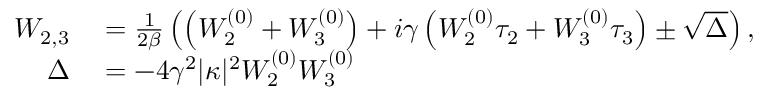
\begin{array} { r l } { W _ { 2 , 3 } } & { { } = \frac { 1 } { 2 \beta } \left( \left( W _ { 2 } ^ { ( 0 ) } + W _ { 3 } ^ { ( 0 ) } \right) + i \gamma \left( W _ { 2 } ^ { ( 0 ) } \tau _ { 2 } + W _ { 3 } ^ { ( 0 ) } \tau _ { 3 } \right) \pm \sqrt { \Delta } \right) , } \\ { \Delta } & { { } = - 4 \gamma ^ { 2 } | \kappa | ^ { 2 } W _ { 2 } ^ { ( 0 ) } W _ { 3 } ^ { ( 0 ) } } \end{array}